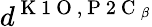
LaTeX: d^{\mathrm{~K~1~O~},\mathrm{~P~2~C~}_{\beta}}